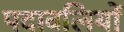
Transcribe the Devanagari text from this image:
पदावलियों